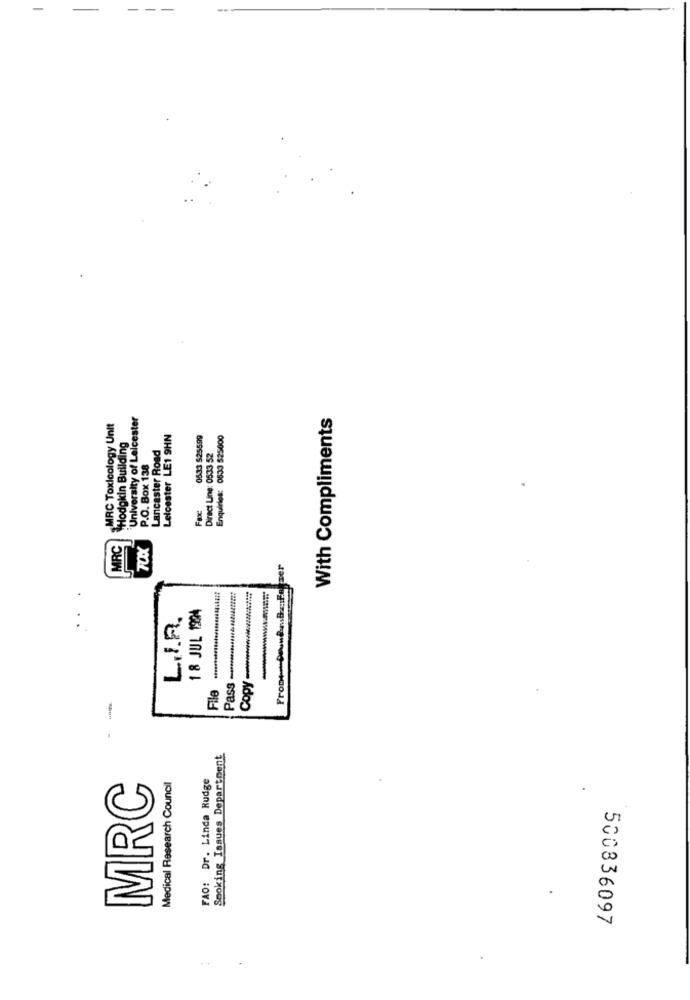
-
"University of Leicester
With Compliments
MRC Toxicology Unit
Leicester LE1 9HN
0533 525599
Enquiries: 0533 525000
Hodgkin Building
Lancaster Road
Direct Line: 0533 52
P.O. Box 138
Fax:
TOXX
MRC
18 JUL 1924
L.I.R.
File
Smoking Issues Department
MRC
Medical Research Council
FAO: Dr. Linda Rudge
500836097